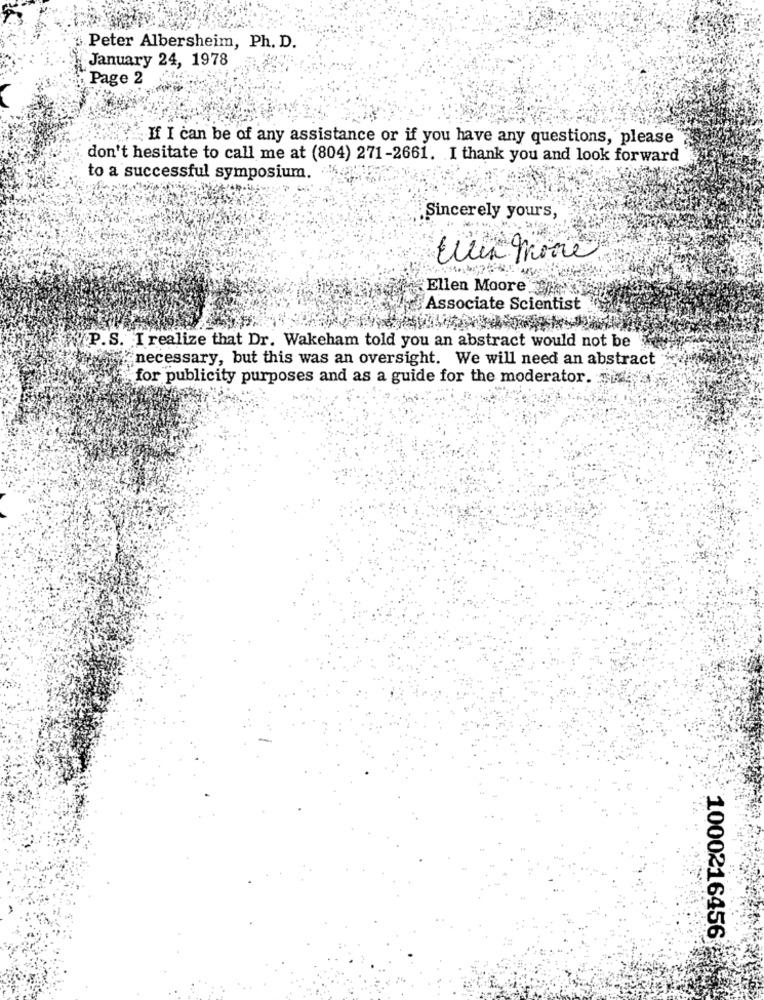
Peter Albersheim, Ph. D.
January 24, 1978
Page 2
If I can be of any assistance or if you have any questions, please
don't hesitate to call me at (804) 271-2661. I thank you and look forward
to a successful symposium.
Sincerely yours,
Ellen Moore JAK
Associate Scientist
P.S. I realize that Dr. Wakeham told you an abstract would not be
necessary, but this was an oversight. We will need an abstract
for publicity purposes and as a guide for the moderator.
1000216456